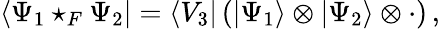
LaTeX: \langle\Psi_{1}\star_{F}\Psi_{2}|=\langle V_{3}|\left(|\Psi_{1}\rangle\otimes|\Psi_{2}\rangle\otimes\cdot\right)\, ,